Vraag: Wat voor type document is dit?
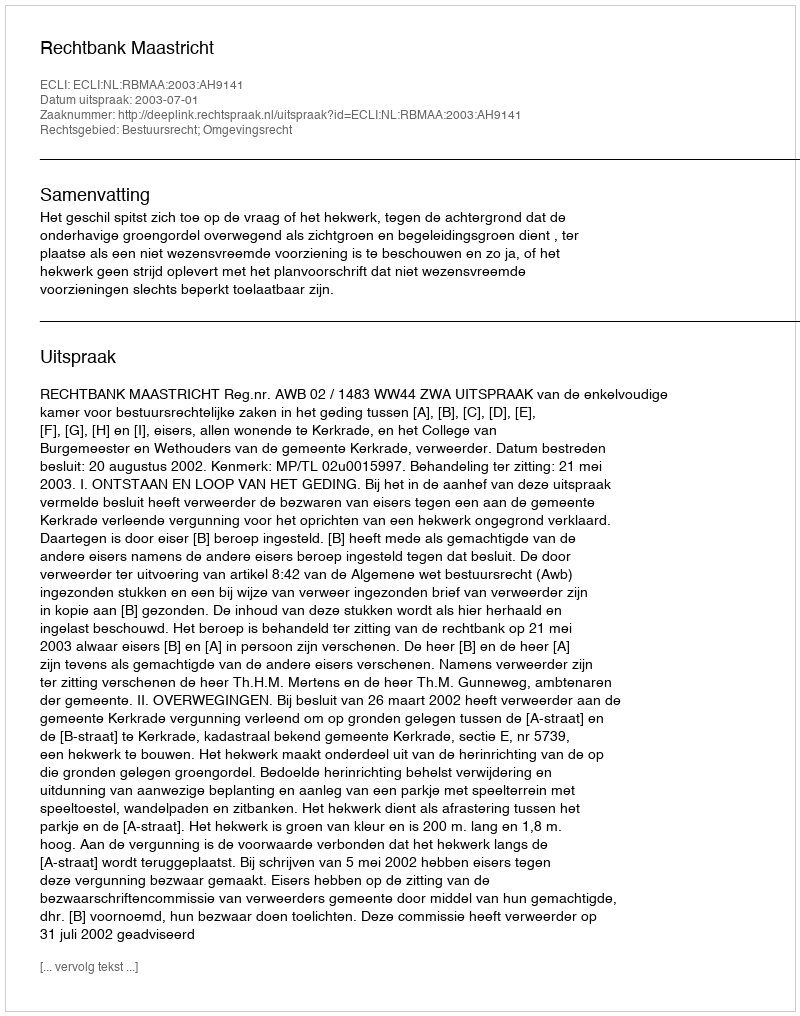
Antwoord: Uitspraak